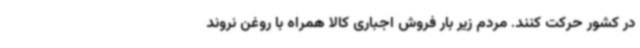
در کشور حرکت کنند. مردم زیر بار فروش اجباری کالا همراه با روغن نروند